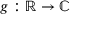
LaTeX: g : \mathbb { R } \to \mathbb { C }